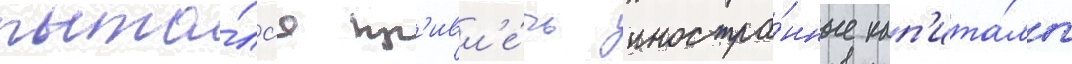
пыта́лс'я пр'ивл'е́чь иностра́нные кап'ита́лы